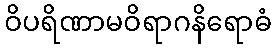
ဝိပရိဏာမဝိရာဂနိရောဓံ